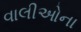
વાલીઓના